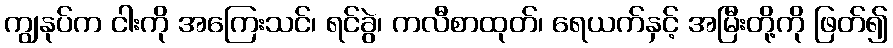
ကျွနုပ်က ငါးကို အကြေးသင်၊ ရင်ခွဲ၊ ကလီစာထုတ်၊ ရေယက်နှင့် အမြီးတို့ကို ဖြတ်၍